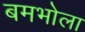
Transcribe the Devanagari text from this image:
बमभोला